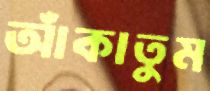
আঁকাতুম